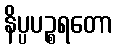
နိပ္ပပဉ္စရတော